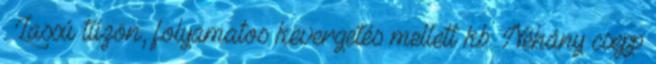
. Lassú tűzön, folyamatos kevergetés mellett kb. Néhány csepp